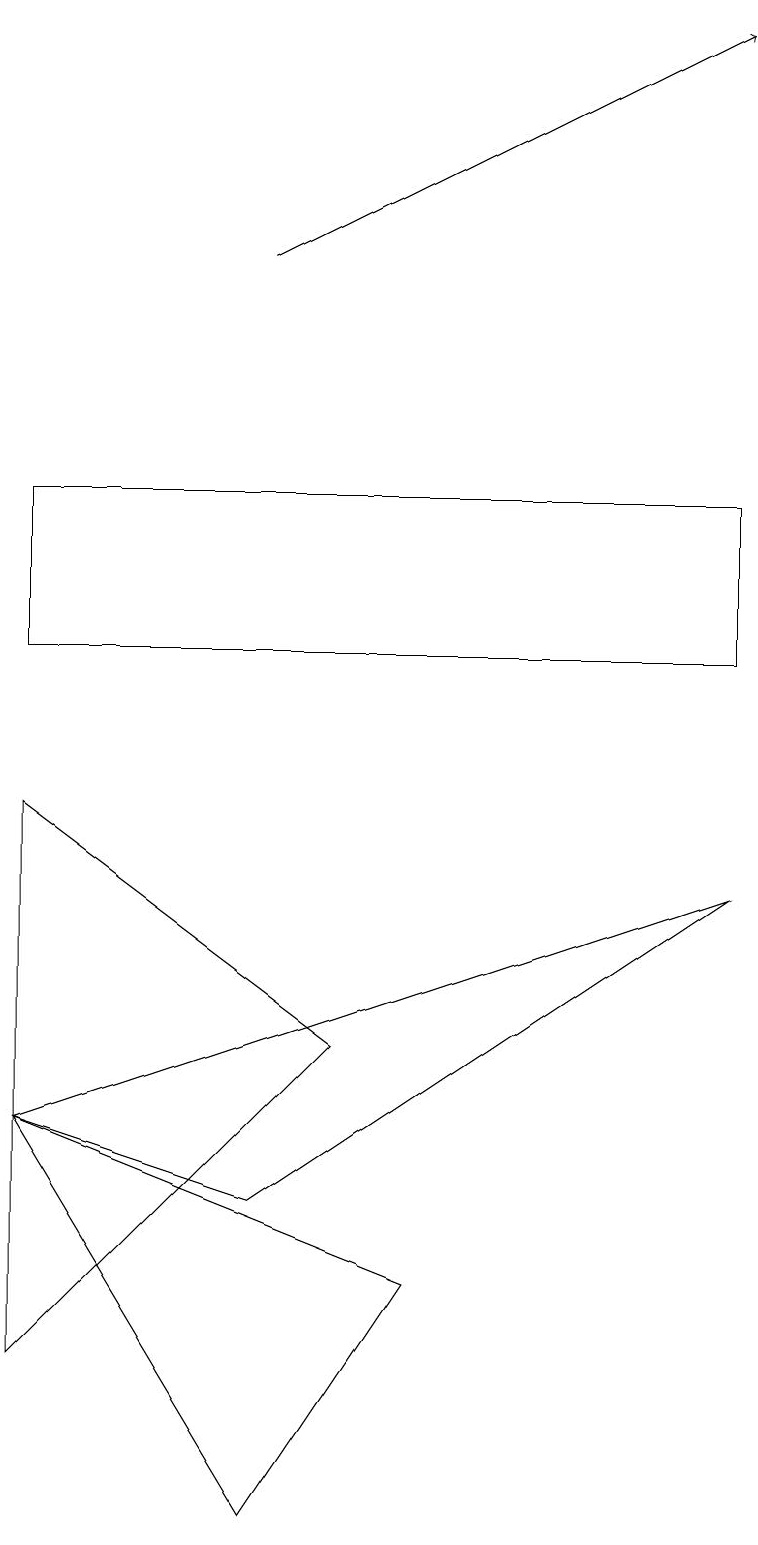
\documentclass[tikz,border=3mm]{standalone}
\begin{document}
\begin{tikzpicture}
\draw (5,3) -- (3,0) -- (0,5) -- cycle;
\draw (3,4) -- (0,5) -- (9,8) -- cycle;
\draw[->] (3,16) -- (9,19);
\draw (9,13) rectangle (0,11);
\draw (0,9) -- (0,2) -- (4,6) -- cycle;
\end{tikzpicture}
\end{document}